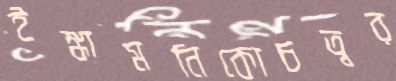
ইঙ্কামনিকোচত্বর